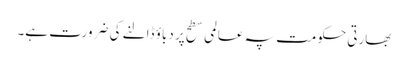
بھارتی حکومت پہ عالمی سطح پر دباؤ ڈالنے کی ضرورت ہے۔